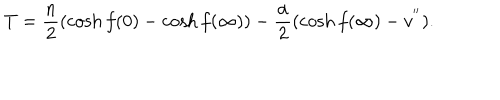
T = \frac { n } { 2 } ( \cosh f ( 0 ) - \cosh f ( \infty ) ) - \frac { \alpha } { 2 } ( \cosh f ( \infty ) - v ^ { ' ^ { \prime } } ) .